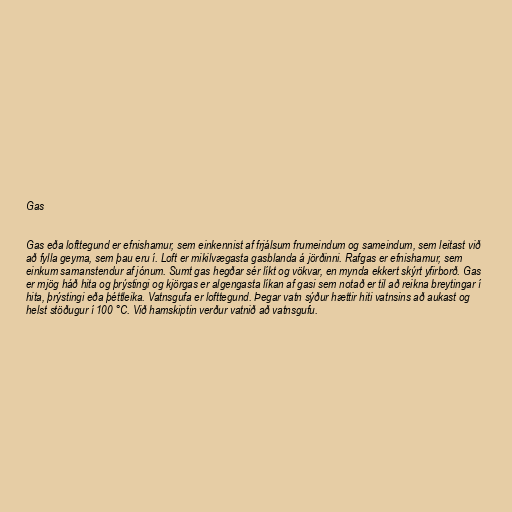
Gas

Gas eða lofttegund er efnishamur, sem einkennist af frjálsum frumeindum og sameindum, sem leitast við
að fylla geyma, sem þau eru í. Loft er mikilvægasta gasblanda á jörðinni. Rafgas er efnishamur, sem
einkum samanstendur af jónum. Sumt gas hegðar sér líkt og vökvar, en mynda ekkert skýrt yfirborð. Gas
er mjög háð hita og þrýstingi og kjörgas er algengasta líkan af gasi sem notað er til að reikna breytingar í
hita, þrýstingi eða þéttleika. Vatnsgufa er lofttegund. Þegar vatn sýður hættir hiti vatnsins að aukast og
helst stöðugur í 100 °C. Við hamskiptin verður vatnið að vatnsgufu.